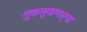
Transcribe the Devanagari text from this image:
लुकलुकणार्‍या